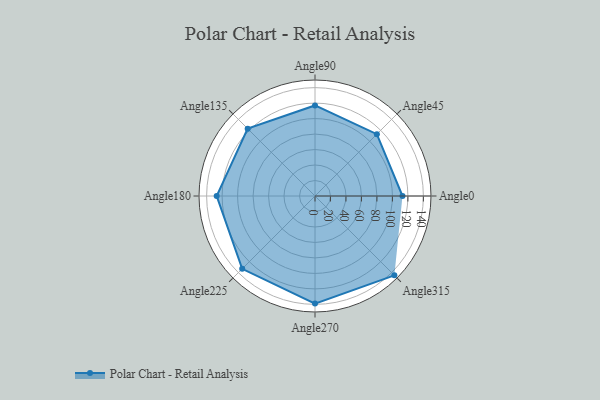
{"axis": {"x": "Angle", "y": "Radius"}, "legend": [""], "data": [{"x": "Angle0", "y": 113.0, "type": ""}, {"x": "Angle45", "y": 113.0, "type": ""}, {"x": "Angle90", "y": 117.0, "type": ""}, {"x": "Angle135", "y": 123.0, "type": ""}, {"x": "Angle180", "y": 127.0, "type": ""}, {"x": "Angle225", "y": 133.0, "type": ""}, {"x": "Angle270", "y": 139.0, "type": ""}, {"x": "Angle315", "y": 145.0, "type": ""}]}